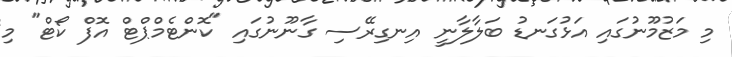
މި މަޒުމޫނުގައި އަޅުގަނޑު ބަލާލާނީ އިނގިރޭސި ގާނޫނުގައި "ކޮންޓެމްޕްޓް އޮފް ކޯޓް" މި